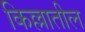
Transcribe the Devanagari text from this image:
किल्लातील